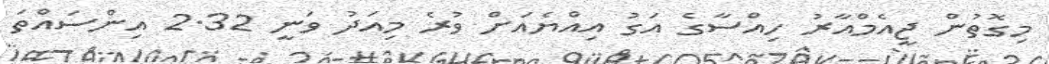
މިގޮތުން ޖީއެމްއާރު ހިއްސާގެ އަގު އިއްޔެއަށް ވުރެ މިއަދު ވަނީ 2.32 އިންސައްތަ